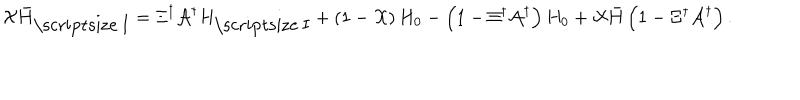
LaTeX: { \cal X } { \bar { H } } _ { \mathrm { \scriptsize ~ I } } = \Xi ^ { \dagger } { \cal A } ^ { \dagger } H _ { \mathrm { \scriptsize ~ I } } + \left( 1 - { \cal X } \right) H _ { 0 } - \left( 1 - \Xi ^ { \dagger } { \cal A } ^ { \dagger } \right) H _ { 0 } + { \cal X } { \bar { H } } \left( 1 - \Xi ^ { \dagger } { \cal A } ^ { \dagger } \right) .